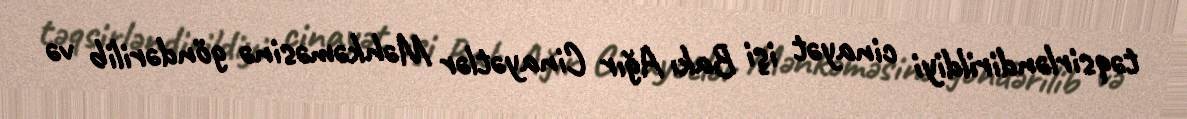
təqsirləndirildiyi cinayət işi Bakı Ağır Cinayətlər Məhkəməsinə göndərilib və